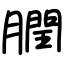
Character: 膶